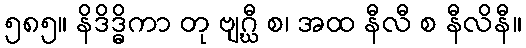
၅၈၅။ နိဒိဒ္ဓိကာ တု ဗျဂ္ဃီ စ၊ အထ နီလီ စ နီလိနီ။